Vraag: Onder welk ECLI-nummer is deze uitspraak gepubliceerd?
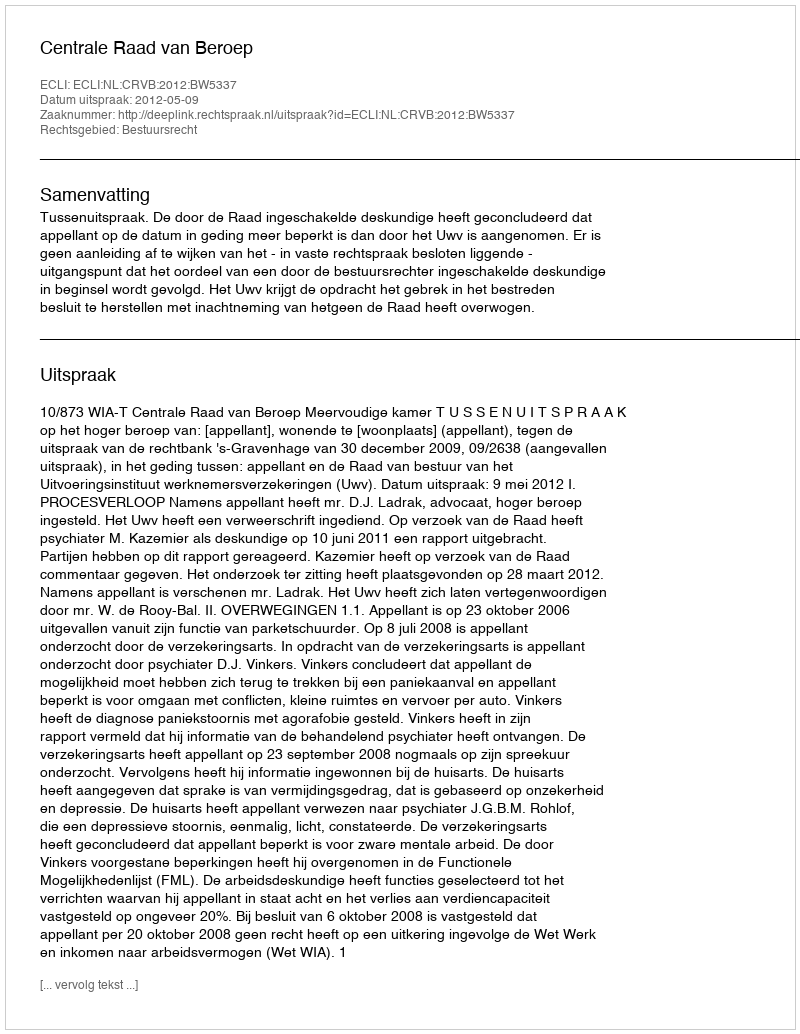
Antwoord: ECLI:NL:CRVB:2012:BW5337